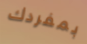
بمفردك